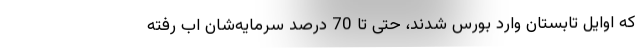
که اوایل تابستان وارد بورس شدند، حتی تا 70 درصد سرمایه‌شان اب رفته